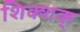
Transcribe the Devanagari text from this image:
शिक्शक्